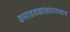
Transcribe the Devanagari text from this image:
वसाहतकाळादरम्यान